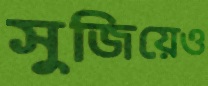
সুজিয়েও